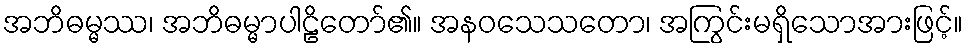
အဘိဓမ္မဿ၊ အဘိဓမ္မာပါဠိတော်၏။ အနဝသေသတော၊ အကြွင်းမရှိသောအားဖြင့်။